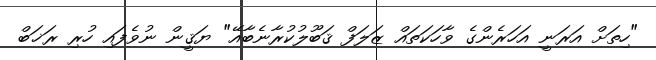
"ހިތަށް އަރަނީ އަހަރެންގެ ވާހަކަތައް ޒަލަފް ޤަބޫލުކުރާނެބާއޭ" ޔަޤީން ނުވެފައި ހުރި ރަޚަބް